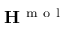
{ \bf { H } } ^ { \mathrm { ~ m ~ o ~ l ~ } }